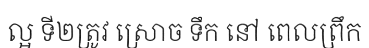
ល្អ ទី២ត្រូវ ស្រោច ទឹក នៅ ពេលព្រឹក